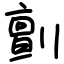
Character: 㔊